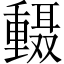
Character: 𫒅